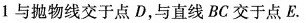
1与抛物线交于点D，与直线BC交于点E。